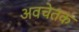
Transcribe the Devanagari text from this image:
अवचेतक